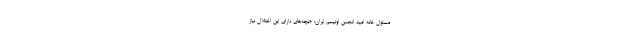
مسئول خانه امیدِ انجمن اوتیسم ایران: «بچه‌های دارای این اختلال نیاز